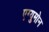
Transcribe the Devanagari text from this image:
एग्युमोन